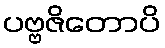
ပဗ္ဗဇိတောပိ